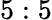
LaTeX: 5:5